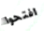
افتحوا